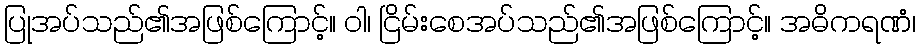
ပြုအပ်သည်၏အဖြစ်ကြောင့်။ ဝါ၊ ငြိမ်းစေအပ်သည်၏အဖြစ်ကြောင့်။ အဓိကရဏံ၊